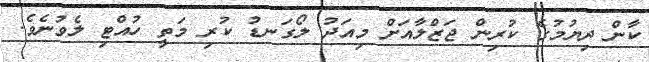
ކާން ދިޔުމުގެ ކުރިން ޖަޒްލާއަށް މިއަދު ލޯގަނޑު ކުރި މަތީ ހުއްޓި ލެވުނެވެ.